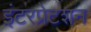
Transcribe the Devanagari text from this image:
इंटरप्रेटशन